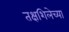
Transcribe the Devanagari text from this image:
तक्षशिलेच्या